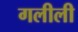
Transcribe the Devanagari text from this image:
गलीली